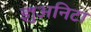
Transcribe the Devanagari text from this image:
ज्ञुअनिटा